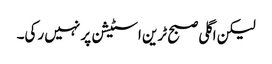
لیکن اگلی صبح ٹرین اسٹیشن پر نہیں رکی۔